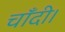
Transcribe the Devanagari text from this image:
चाँदी।